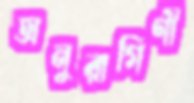
অনুরাগিণী